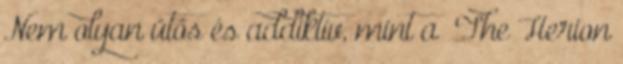
Nem olyan ütős és addiktív, mint a ‘The Herion